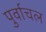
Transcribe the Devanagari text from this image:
पुर्वाचल